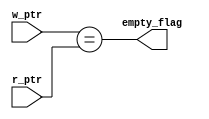
module empty_check (
    input wire [3:0] w_ptr,
    input wire [3:0] r_ptr,
    output wire      empty_flag
);

assign empty_flag=(w_ptr==r_ptr);

endmodule